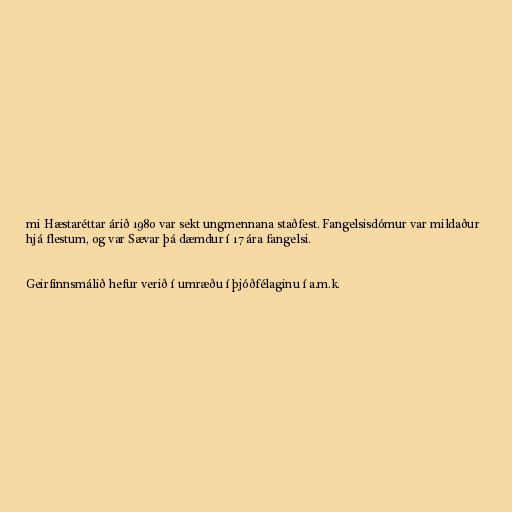
mi Hæstaréttar árið 1980 var sekt ungmennana staðfest. Fangelsisdómur var mildaður
hjá flestum, og var Sævar þá dæmdur í 17 ára fangelsi.

Geirfinnsmálið hefur verið í umræðu í þjóðfélaginu í a.m.k.